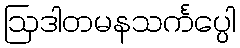
ဩဒါတမနသင်္ကပ္ပေါ